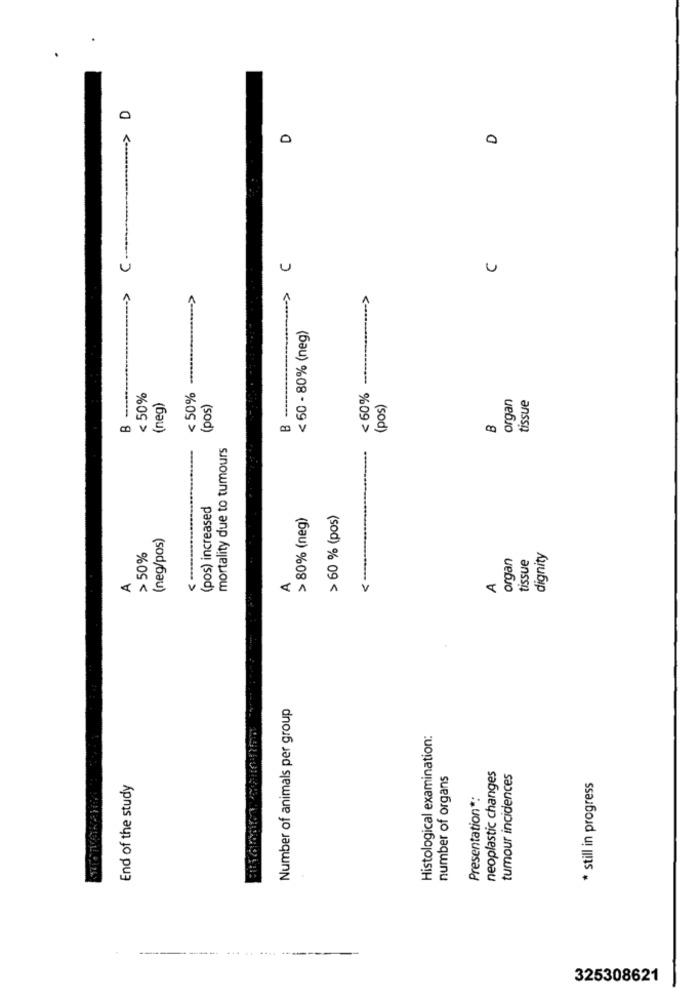
C> 0
0
D
D
C
U
-- >
->
< 60 - 80% (neg)
< 60% -
B -------
< 50%
< 50%
organ
tissue
(neg)
(pos)
B --
(pos)
B
mortality due to tumours
(pos) increased
> 80% (neg)
> 60 % (pos)
(neg/pos)
> 50%
organ
tissue
dignity
A
A
A
V
Number of animals per group
Histological examination:
number of organs
neoplastic changes
tumour incidences
End of the study
* still in progress
Presentation *:
------ ------
325308621